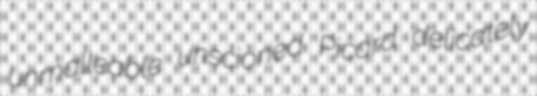
unmalleable unscioned Picard delicately